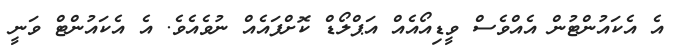
އެ އެކައުންޓުން އެއްވެސް ވީޑިއޯއެއް އަޕްލޯޑް ކޮށްފައެއް ނުވެއެވެ. އެ އެކައުންޓް ވަނީ